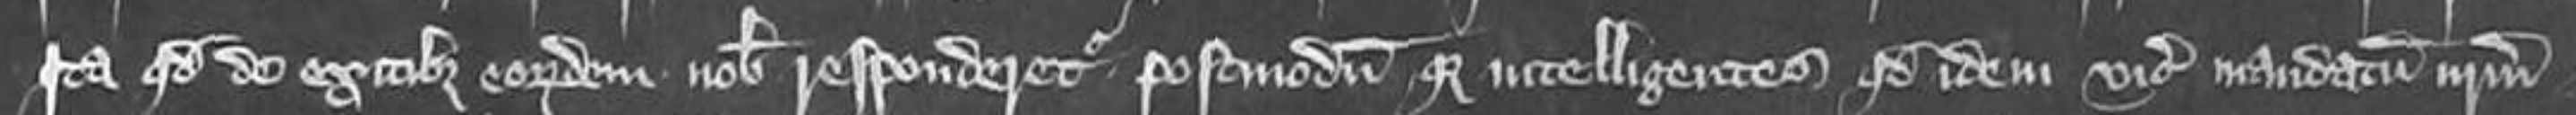
ita quod de exitibus eorundem nobis responderetur postmodumque intelligentes quod idem vicecomes mandatum nostrum